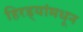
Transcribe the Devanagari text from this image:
हिरड्यांमधून